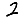
Digit: 2